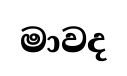
මාවද